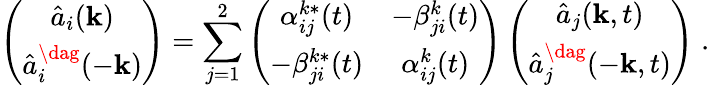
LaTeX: \left(\begin{array}{c}{{\hat{a}_{i}({\mathbf k})}}\\ {{\hat{a}_{i}^{\dag}(-{\mathbf k})}}\end{array}\right)=\sum_{j=1}^{2}\left(\begin{array}{cc}{{\alpha_{ij}^{k\ast}(t)}}&{{-\beta_{ji}^{k}(t)}}\\ {{-\beta_{ji}^{k\ast}(t)}}&{{\alpha_{ij}^{k}(t)}}\end{array}\right)\left(\begin{array}{c}{{\hat{a}_{j}({\mathbf k},t)}}\\ {{\hat{a}_{j}^{\dag}(-{\mathbf k},t)}}\end{array}\right)\; .